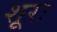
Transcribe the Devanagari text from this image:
शूरः